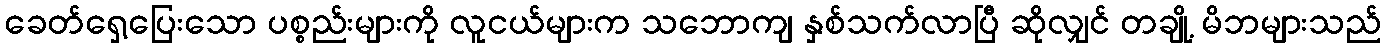
ခေတ်ရှေ့ပြေးသော ပစ္စည်းများကို လူငယ်များက သဘောကျ နှစ်သက်လာပြီ ဆိုလျှင် တချို့ မိဘများသည်